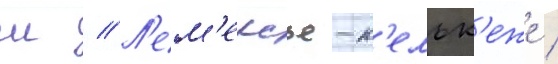
ш // Л'ем'ерсье-к'ельк'еже /